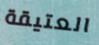
العتيقة